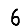
Digit: 6